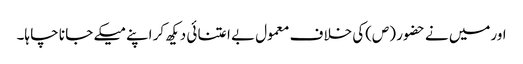
اورمیں نے حضو ر (ص)کی خلا ف معمول بے اعتنا ئی دیکھ کر اپنے میکے جا نا چا ہا۔